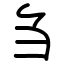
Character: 刍